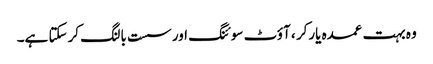
وہ بہت عمدہ یارکر ، آؤٹ سوئنگ اور سست بالنگ کرسکتا ہے۔